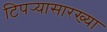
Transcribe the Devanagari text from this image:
टिपर्‍यासारख्या